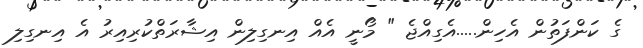
ގެ ކަންފަތުން އެހިން.....އެގިއްޖެ " މޯނީ އެއް އިނގިލިން އިޝާރަތްކުރިއިރު އެ އިނގިލި